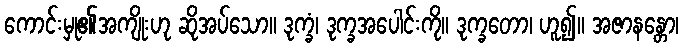
ကောင်းမှု၏အကျိုးဟု ဆိုအပ်သော။ ဒုက္ခံ၊ ဒုက္ခအပေါင်းကို။ ဒုက္ခတော၊ ဟူ၍။ အဇာနန္တော၊